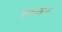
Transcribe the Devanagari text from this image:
टेबलज